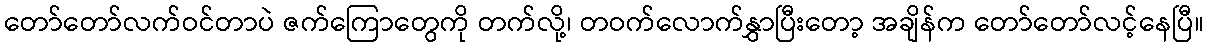
တော်တော်လက်ဝင်တာပဲ ဇက်ကြောတွေကို တက်လို့၊ တဝက်လောက်နွှာပြီးတော့ အချိန်က တော်တော်လင့်နေပြီ။